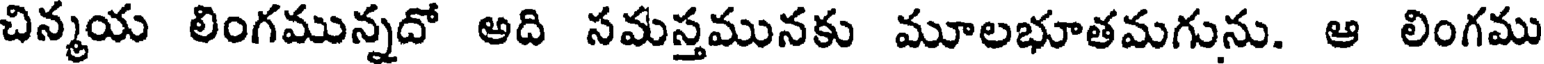
చిన్మయ లింగమున్నదో అది సమస్తమునకు మూలభూతమగును. ఆ లింగము